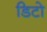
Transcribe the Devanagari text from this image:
डिटो